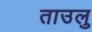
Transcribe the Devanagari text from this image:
ताउलु